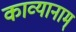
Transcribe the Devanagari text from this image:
काव्यानाम्